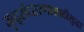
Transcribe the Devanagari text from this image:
मृद्संधारणासाठीसुद्धा